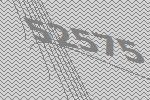
52575